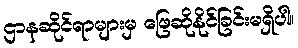
ဌာနဆိုင်ရာများမှ ဖြေဆိုနိုင်ခြင်းမရှိပါ။